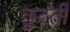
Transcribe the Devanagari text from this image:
छुटती